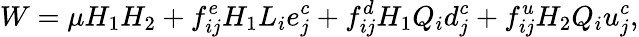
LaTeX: W=\mu H_{1}H_{2}+f_{ij}^{e}H_{1}L_{i}e_{j}^{c}+f_{ij}^{d}H_{1}Q_{i}d_{j}^{c}+f_{ij}^{u}H_{2}Q_{i}u_{j}^{c},